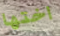
اختها